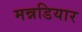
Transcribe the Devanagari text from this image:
मन्नडियार